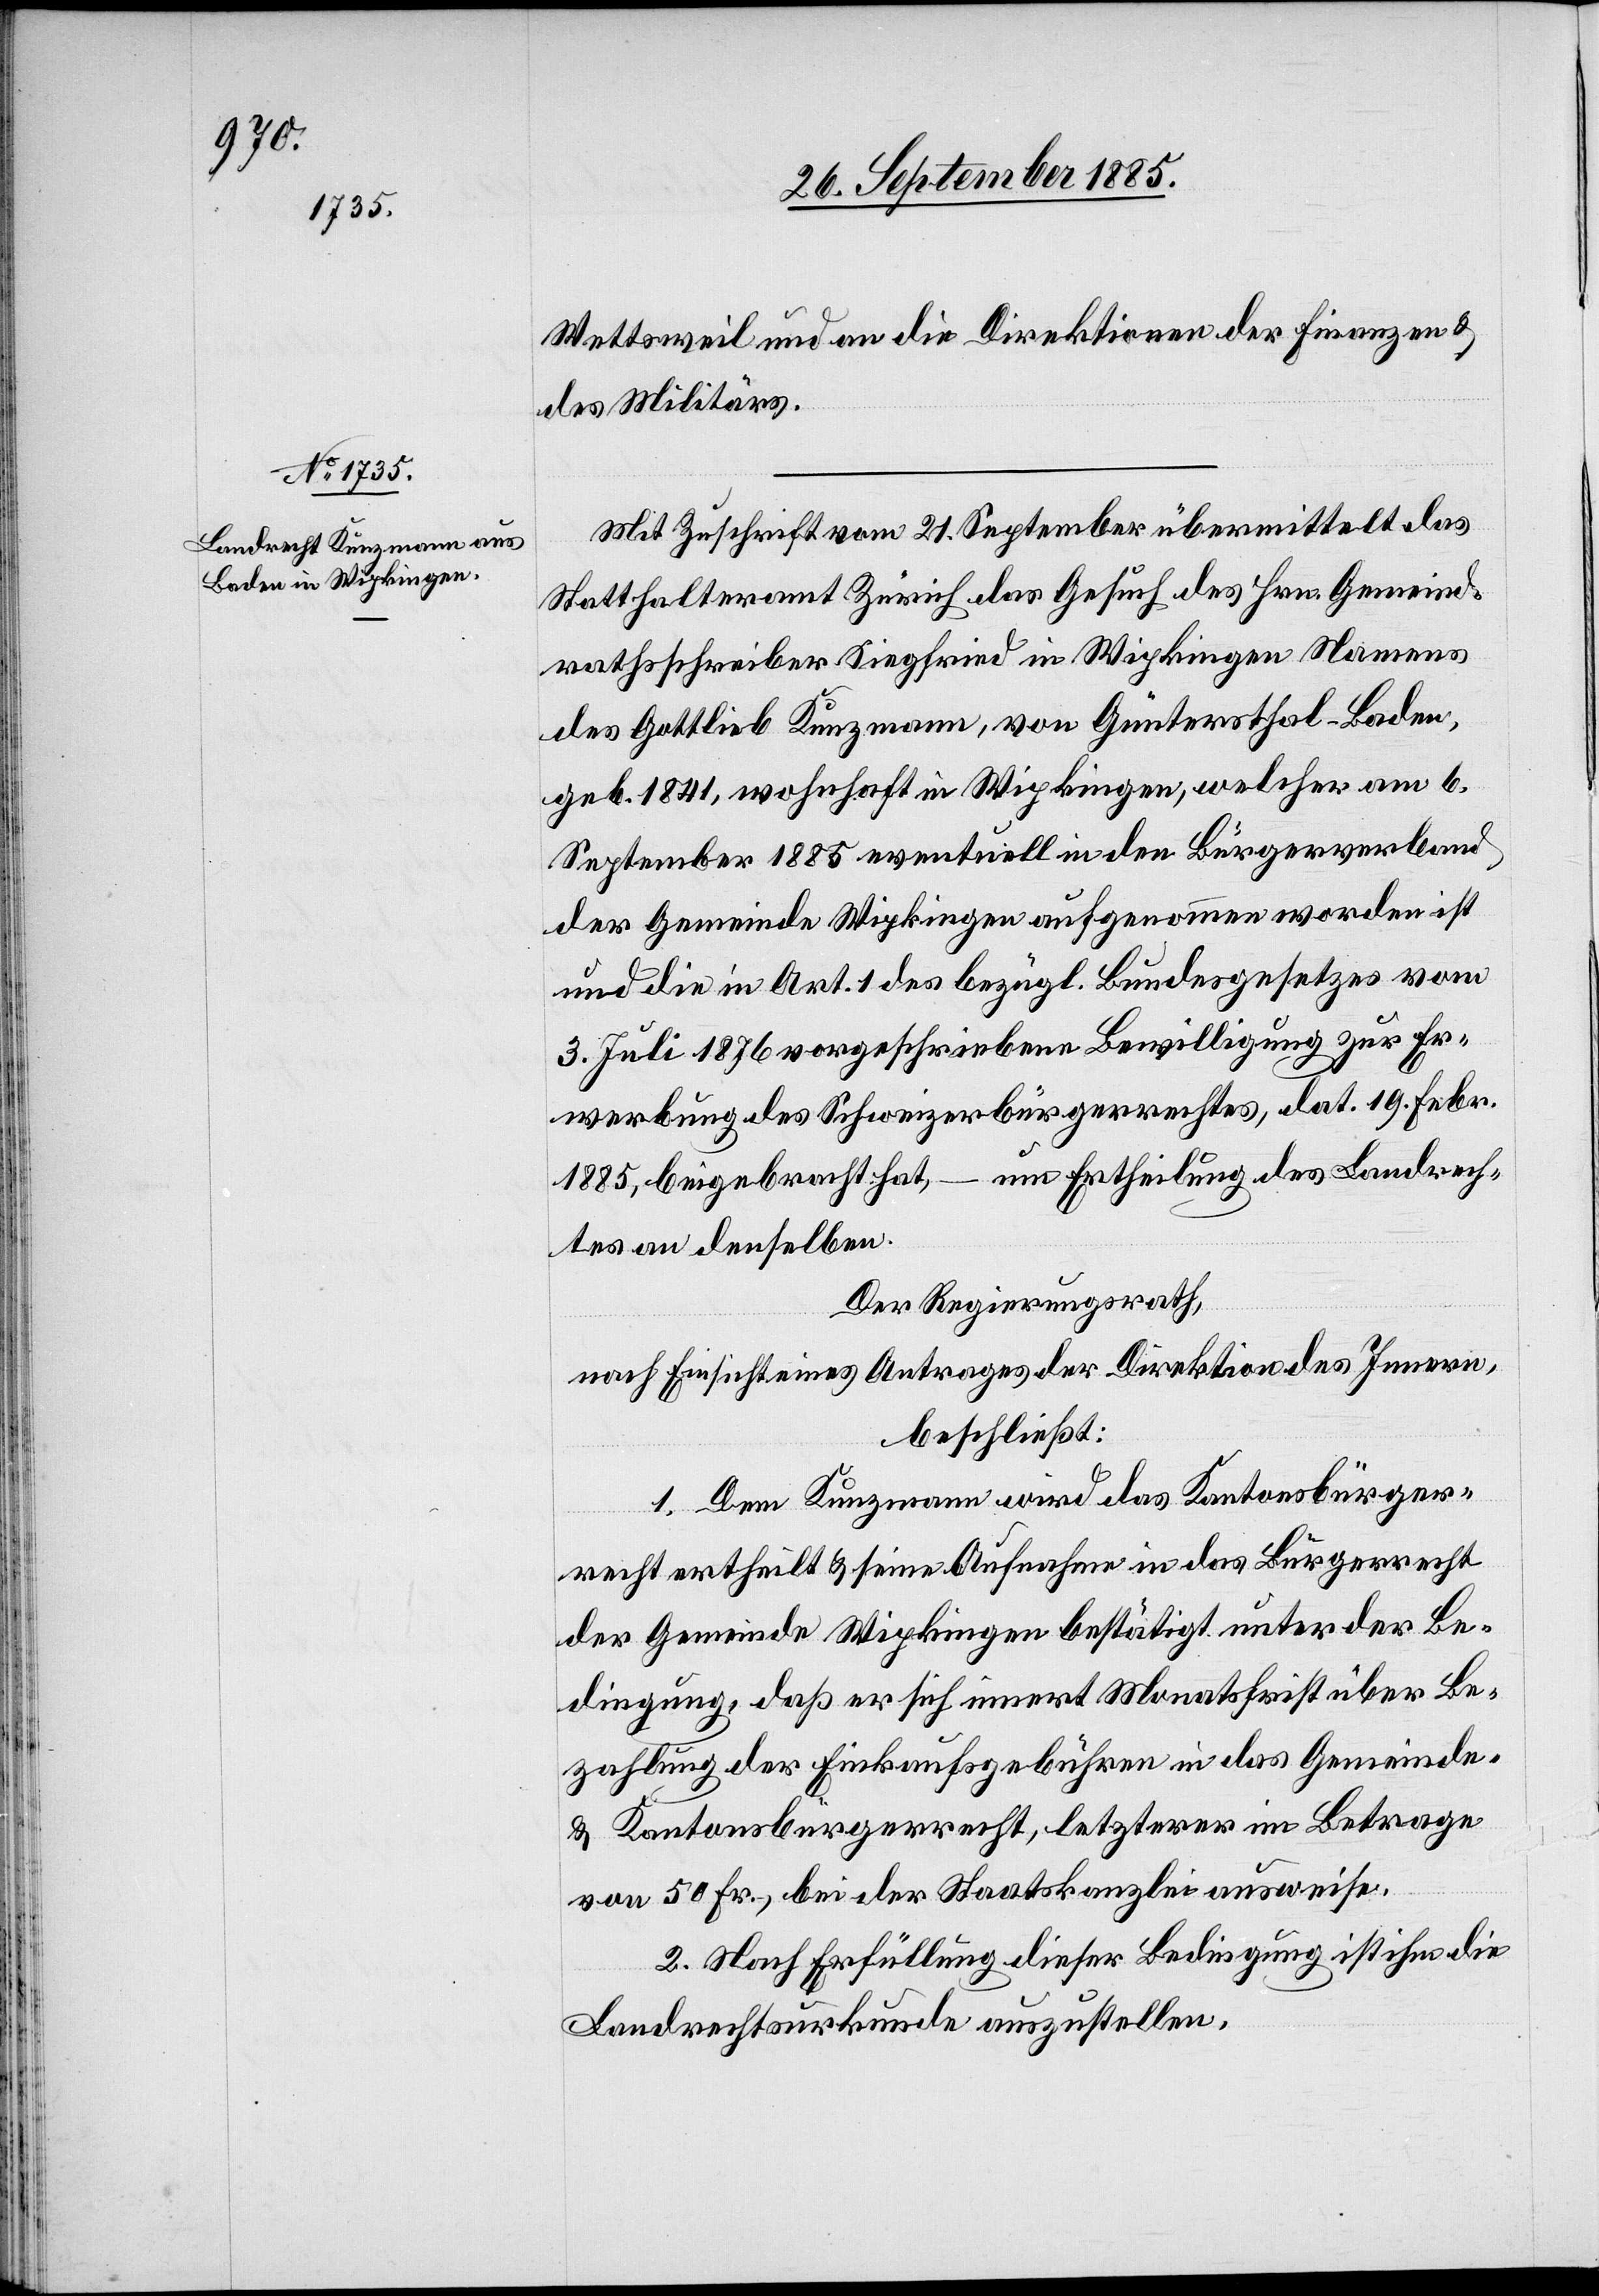
Mit Zuschrift vom 21. September übermittelt das
Statthalteramt Zürich das Gesuch des Hrn. Gemeind¬
rathsschreiber Siegfried in Wipkingen Namens
des Gottlieb Kunzmann, von Güntersthal - Baden,
geb. 1841, wohnhaft in Wipkingen, welcher am 6.
September 1885 eventuell in den Bürgerverband
der Gemeinde Wipkingen aufgenommen worden ist
und die in Art. 1 des bezügl. Bundesgesetzes vom
3. Juli 1876 vorgeschriebene Bewilligung zur Er¬
werbung des Schweizerbürgerrechtes, dat. 19. Febr.
um Ertheilung des Landrech¬
1885, beigebracht hat,
tes an denselben.
Der Regierungsrath,
nach Einsicht eines Antrages der Direktion des Innern,
beschließt:
1. Dem Kunzmann wird das Kantonsbürger¬
recht ertheilt & seine Aufnahme in das Bürgerrecht
der Gemeinde Wipkingen bestätigt unter der Be¬
dingung, daß er sich innert Monatsfrist über Be¬
zahlung der Einkaufsgebühren in das Gemeinde-
& Kantonsbürgerrecht, letzterer im Betrage
von 50 Fr., bei der Staatskanzlei ausweise.
2. Nach Erfüllung dieser Bedingung ist ihm die
Landrechtsurkunde auszustellen.